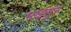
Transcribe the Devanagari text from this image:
भाईसुर